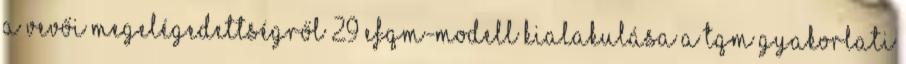
a vevői megelégedettségről 29 EFQM-modell kialakulása A TQM gyakorlati